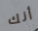
أنك